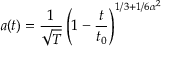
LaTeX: a ( t ) = \frac { 1 } { \sqrt T } \left( 1 - \frac { t } { t _ { 0 } } \right) ^ { 1 / 3 + 1 / 6 \alpha ^ { 2 } }